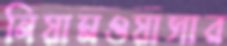
নিয়ামওয়াসার